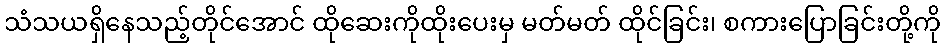
သံသယရှိနေသည့်တိုင်အောင် ထိုဆေးကိုထိုးပေးမှ မတ်မတ် ထိုင်ခြင်း၊ စကားပြောခြင်းတို့ကို